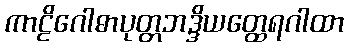
ကာဠိဂေါဓာပုတ္တဘဒ္ဒိယတ္ထေရဂါထာ